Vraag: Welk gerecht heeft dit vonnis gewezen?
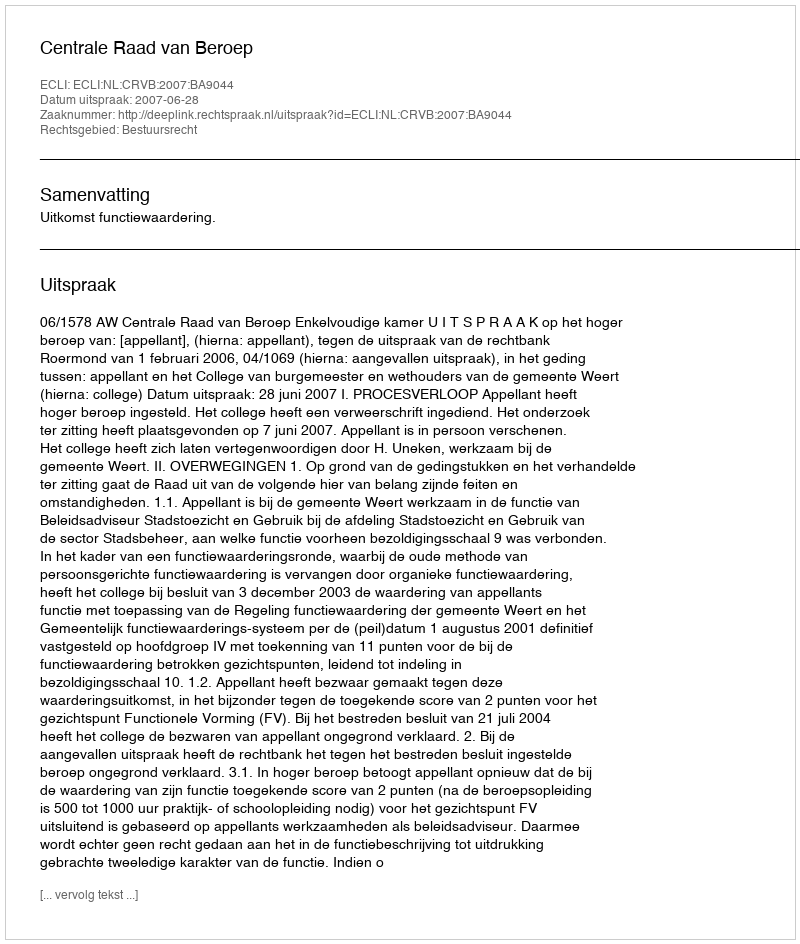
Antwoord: Centrale Raad van Beroep